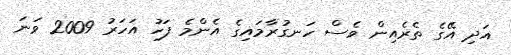
އަދި އޭގެ ތެރެއިން ވެސް ހަނގުރާމައިގެ އެންމެ ފަހު އަހަރު 2009 ވަނަ